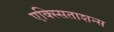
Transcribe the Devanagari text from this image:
एक्स्सिताशन्स